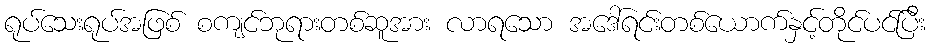
ရုပ်သေးရုပ်အဖြစ် စကျင်ဘုရားတစ်ဆူအား လာရသော အဒေါ်ရင်းတစ်ယောက်နှင့်တိုင်ပင်ပြီး